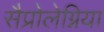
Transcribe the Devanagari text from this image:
सैप्रोलेग्निया